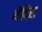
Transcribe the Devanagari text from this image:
थेबिस